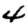
Digit: 4